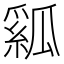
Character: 𤬇